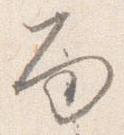
面